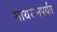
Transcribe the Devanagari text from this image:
माथेरानपर्यंत